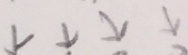
\downarrow \downarrow \downarrow \downarrow